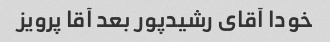
خودا آقای رشیدپور بعد آقا پرویز